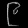
Digit: ၉